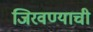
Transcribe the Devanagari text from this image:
जिरवण्याची